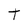
Character: t